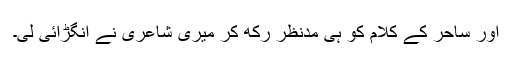
اور ساحر کے کلام کو ہی مدِنظر رکھ کر میری شاعری نے انگڑائی لی۔